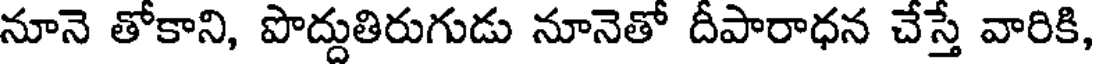
నూనె తోకాని, పొద్దుతిరుగుడు నూనెతో దీపారాధన చేస్తే వారికి,